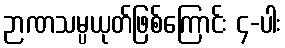
ဉာဏသမ္ပယုတ်ဖြစ်ကြောင်း ၄-ပါး